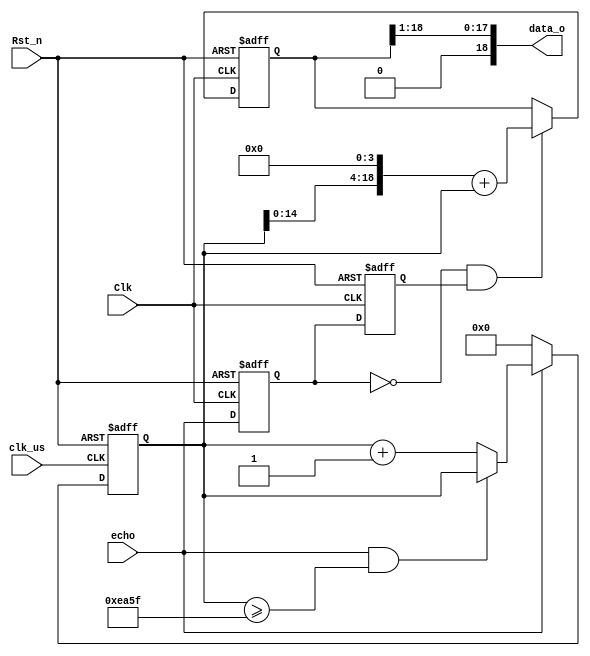
/*
---------------------------------------------------------
    Name:       hc_sr_echo
    Author:     
    Date:       2023-5-27
    Time:       19:15
---------------------------------------------------------
    Software:   
                VS Code
*/
module 	hc_sr_echo(
	input  wire 		Clk		, //clock 50MHz
	input  wire			clk_us	, //system clock 1MHz
	input  wire 		Rst_n	, //reset low valid
		   
	input  wire 		echo	, //
	output wire [18:00]	data_o	  //3*1000
);
/* 		S(um) = 17 * t 		-->  x.abc cm	*/
//Parameter Declarations
	parameter T_MAX = 16'd60_000;//510cm 

//Interrnal wire/reg declarations
	reg				r1_echo,r2_echo; //	
	wire			echo_pos,echo_neg; //
	
	reg		[15:00]	cnt		; //Counter 
	wire			add_cnt ; //Counter Enable
	wire			end_cnt ; //Counter Reset 
	
	reg		[18:00]	data_r	;
//Logic Description
	//clk_us 2us
	always @(posedge Clk or negedge Rst_n)begin  
		if(!Rst_n)begin  
			r1_echo <= 1'b0;
			r2_echo <= 1'b0;
		end  
		else begin  
			r1_echo <= echo;
			r2_echo <= r1_echo;
		end  
	end
	
	assign echo_pos = r1_echo & ~r2_echo;
	assign echo_neg = ~r1_echo & r2_echo;
	
	
	always @(posedge clk_us or negedge Rst_n)begin  
		if(!Rst_n)begin  
			cnt <= 'd0; 
		end 
		else if(add_cnt)begin  
			if(end_cnt)begin  
				cnt <= cnt; 
			end  
			else begin  
				cnt <= cnt + 1'b1; 
			end  
		end  
		else begin  //echo  
			cnt <= 'd0;  
		end  
	end 
	
	assign add_cnt = echo; 
	assign end_cnt = add_cnt && cnt >= T_MAX - 1; //
	
	always @(posedge Clk or negedge Rst_n)begin  
		if(!Rst_n)begin  
			data_r <= 'd2;
		end  
		else if(echo_neg)begin  
			data_r <= (cnt << 4) + cnt;
		end  
		else begin  
			data_r <= data_r;
		end  
	end //always end
	
	assign data_o = data_r >> 1;

endmodule